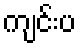
ကျင်းပ